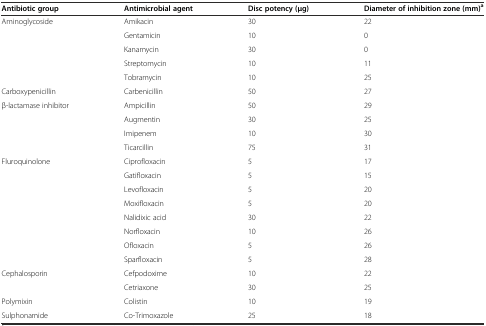
<table><thead><tr><td><b>Antibiotic group</b></td><td><b>Antimicrobial agent</b></td><td><b>Disc potency (μg)</b></td><td><b>Diameter of inhibition zone (mm)<sup>a</sup></b></td></tr></thead><tbody><tr><td rowspan="5">Aminoglycoside</td><td>Amikacin</td><td>30</td><td>22</td></tr><tr><td>Gentamicin</td><td>10</td><td>0</td></tr><tr><td>Kanamycin</td><td>30</td><td>0</td></tr><tr><td>Streptomycin</td><td>10</td><td>11</td></tr><tr><td>Tobramycin</td><td>10</td><td>25</td></tr><tr><td>Carboxypenicillin</td><td>Carbenicillin</td><td>50</td><td>27</td></tr><tr><td rowspan="4">β-lactamase inhibitor</td><td>Ampicillin</td><td>50</td><td>29</td></tr><tr><td>Augmentin</td><td>30</td><td>25</td></tr><tr><td>Imipenem</td><td>10</td><td>30</td></tr><tr><td>Ticarcillin</td><td>75</td><td>31</td></tr><tr><td rowspan="8">Fluroquinolone</td><td>Ciprofloxacin</td><td>5</td><td>17</td></tr><tr><td>Gatifloxacin</td><td>5</td><td>15</td></tr><tr><td>Levofloxacin</td><td>5</td><td>20</td></tr><tr><td>Moxifloxacin</td><td>5</td><td>20</td></tr><tr><td>Nalidixic acid</td><td>30</td><td>22</td></tr><tr><td>Norfloxacin</td><td>10</td><td>26</td></tr><tr><td>Ofloxacin</td><td>5</td><td>26</td></tr><tr><td>Sparfloxacin</td><td>5</td><td>28</td></tr><tr><td rowspan="2">Cephalosporin</td><td>Cefpodoxime</td><td>10</td><td>22</td></tr><tr><td>Cetriaxone</td><td>30</td><td>25</td></tr><tr><td>Polymixin</td><td>Colistin</td><td>10</td><td>19</td></tr><tr><td>Sulphonamide</td><td>Co-Trimoxazole</td><td>25</td><td>18</td></tr></tbody></table>